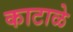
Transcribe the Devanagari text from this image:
काटाळे